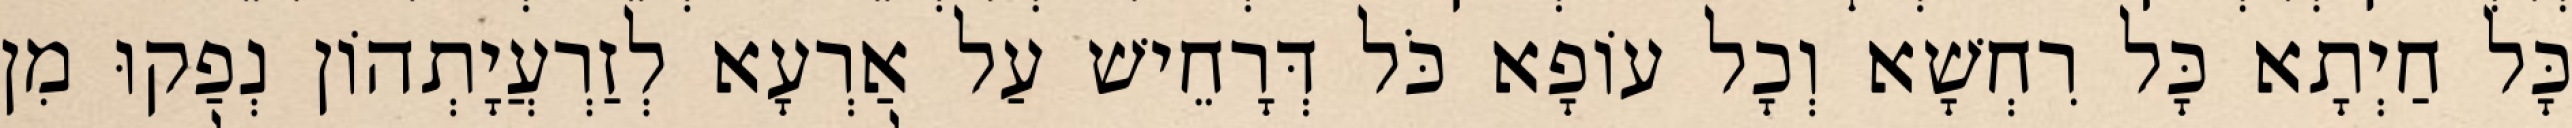
כָּל חַיְתָא כָּל רִחְשָׁא וְכָל עוֹפָא כֹּל דְּרָחֵישׁ עַל אַרְעָא לְזַרְעֲיָתְהוֹן נְפַקוּ מִן